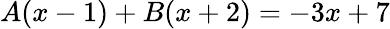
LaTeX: A(x-1)+B(x+2)=-3x+7